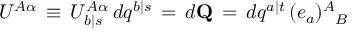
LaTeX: { \cal U } ^ { A \alpha } \, \equiv \, { \cal U } _ { b \vert s } ^ { A \alpha } \, d q ^ { b \vert s } \, = \, d { \bf Q } \, = \, d q ^ { a \vert t } \, ( e _ { a } ) _ { \phantom { A } B } ^ { A }